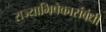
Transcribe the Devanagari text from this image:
राज्याभिषेकासंबंधी